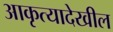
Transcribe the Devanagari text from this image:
आकृत्यादेखील